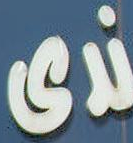
ندى